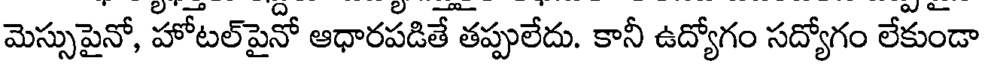
మెస్సుపైనో, హోటల్పైనో ఆధారపడితే తప్పులేదు. కానీ ఉద్యోగం సద్యోగం లేకుండా